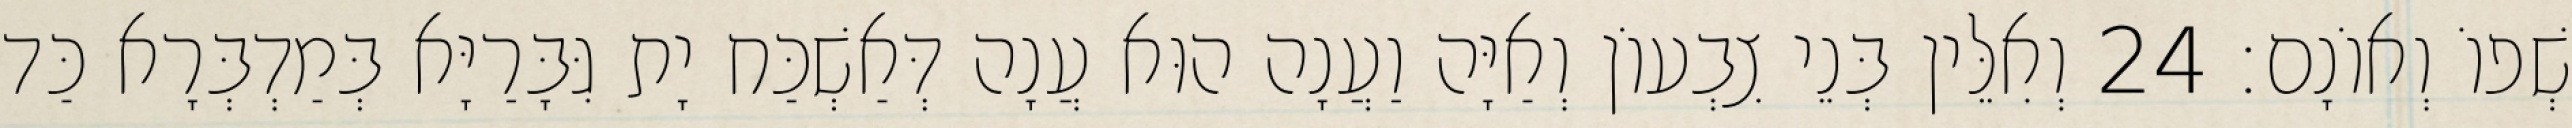
שְׁפוֹ וְאוֹנָם׃ 24 וְאִלֵּין בְּנֵי צִבְעוֹן וְאַיָּה וַעֲנָה הוּא עֲנָה דְּאַשְׁכַּח יָת גִּבָּרַיָּא בְּמַדְבְּרָא כַּד